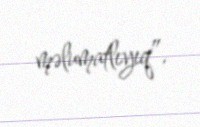
məlumatlıyıq”.